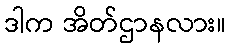
ဒါက အိတ်ဌာနလား။